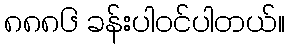
၈၈၈၆ ခန်းပါဝင်ပါတယ်။